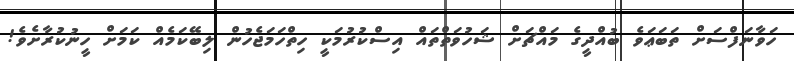
ހަވާނަފްސަށް ތަބަޢަވެ ބުއްދީގެ މައްޗަށް ޝަހުވަތްތައް އިސްކުރުމަކީ ހިތްހަމަޖެހުން ލިބޭކަމެއް ކަމަށް ހީނުކުރާށެވެ!